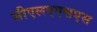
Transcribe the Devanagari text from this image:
सीएलएएसएस